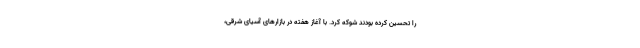
را تحسین کرده بودند شوکه کرد. با آغاز هفته در بازارهای آسیای شرقی،